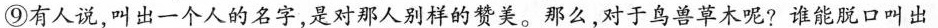
⑨有人说，叫出一个人的名字，是对那人别样的赞美。那么，对于鸟兽草木呢?谁能脱口叫出